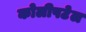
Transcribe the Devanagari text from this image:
कोलीपटेल